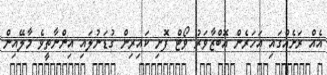
އެއް ރަށެއްގައި އަހަރެން އޮބްޒާވަރު ވޯޓް ފޮށި ކައިރިން ގުޑަނުލައި އިންނާތީވެ މާލޭއިން